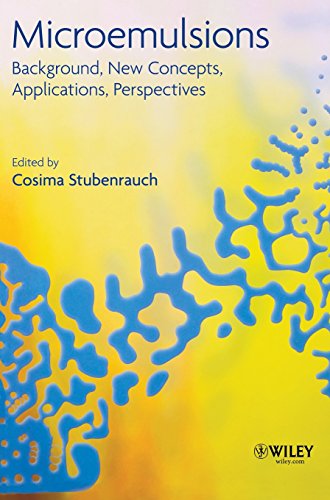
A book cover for Microemulsions: Background, New Concepts, Applications, Perspectives; Science & Math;